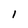
Character: l